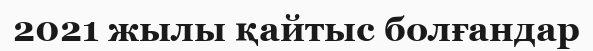
2021 жылы қайтыс болғандар